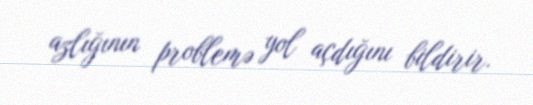
azlığının problemə yol açdığını bildirir.